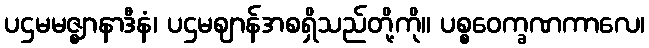
ပဌမမဇ္ဈာနာဒီနံ၊ ပဌမဈာန်အစရှိသည်တို့ကို။ ပစ္စဝေက္ခဏကာလေ၊